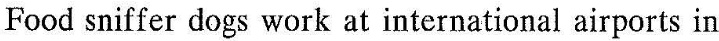
Food sniffer dogs work at international airports in